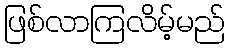
ဖြစ်လာကြလိမ့်မည်